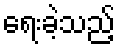
ရေးခဲ့သည့်